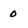
Character: 0